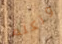
وتكلم